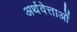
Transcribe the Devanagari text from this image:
अर्थवेत्ताओं